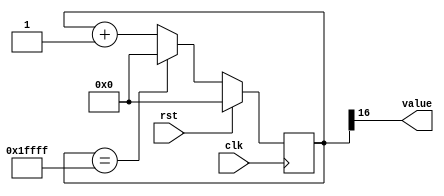
module counter_9 (
    input clk,
    input rst,
    output reg [0:0] value
  );
  
  localparam SIZE = 1'h1;
  localparam DIV = 5'h10;
  localparam TOP = 3'h1;
  localparam UP = 1'h1;
  
  
  reg [16:0] M_ctr_d, M_ctr_q = 1'h0;
  
  localparam MAX_VALUE = 19'h1ffff;
  
  always @* begin
    M_ctr_d = M_ctr_q;
    
    value = M_ctr_q[16+0-:1];
    if (1'h1) begin
      M_ctr_d = M_ctr_q + 1'h1;
      if (1'h1 && M_ctr_q == 19'h1ffff) begin
        M_ctr_d = 1'h0;
      end
    end else begin
      M_ctr_d = M_ctr_q - 1'h1;
      if (1'h1 && M_ctr_q == 1'h0) begin
        M_ctr_d = 19'h1ffff;
      end
    end
  end
  
  always @(posedge clk) begin
    if (rst == 1'b1) begin
      M_ctr_q <= 1'h0;
    end else begin
      M_ctr_q <= M_ctr_d;
    end
  end
  
endmodule